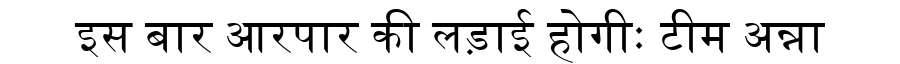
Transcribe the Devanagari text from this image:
इस बार आरपार की लड़ाई होगीः टीम अन्ना